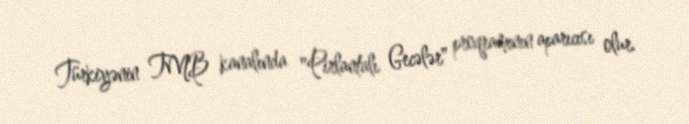
Türkiyənin TMB kanalında "Pirlantalı Gecələr" proqramının aparıcısı olur.